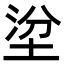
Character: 𡌂